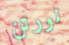
نورتن